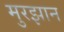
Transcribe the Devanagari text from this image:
मुरझान